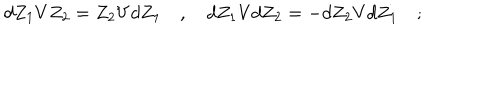
LaTeX: d Z _ { 1 } V Z _ { 2 } = Z _ { 2 } V d Z _ { 1 } \quad , \quad d Z _ { 1 } V d Z _ { 2 } = - d Z _ { 2 } V d Z _ { 1 } \quad ;